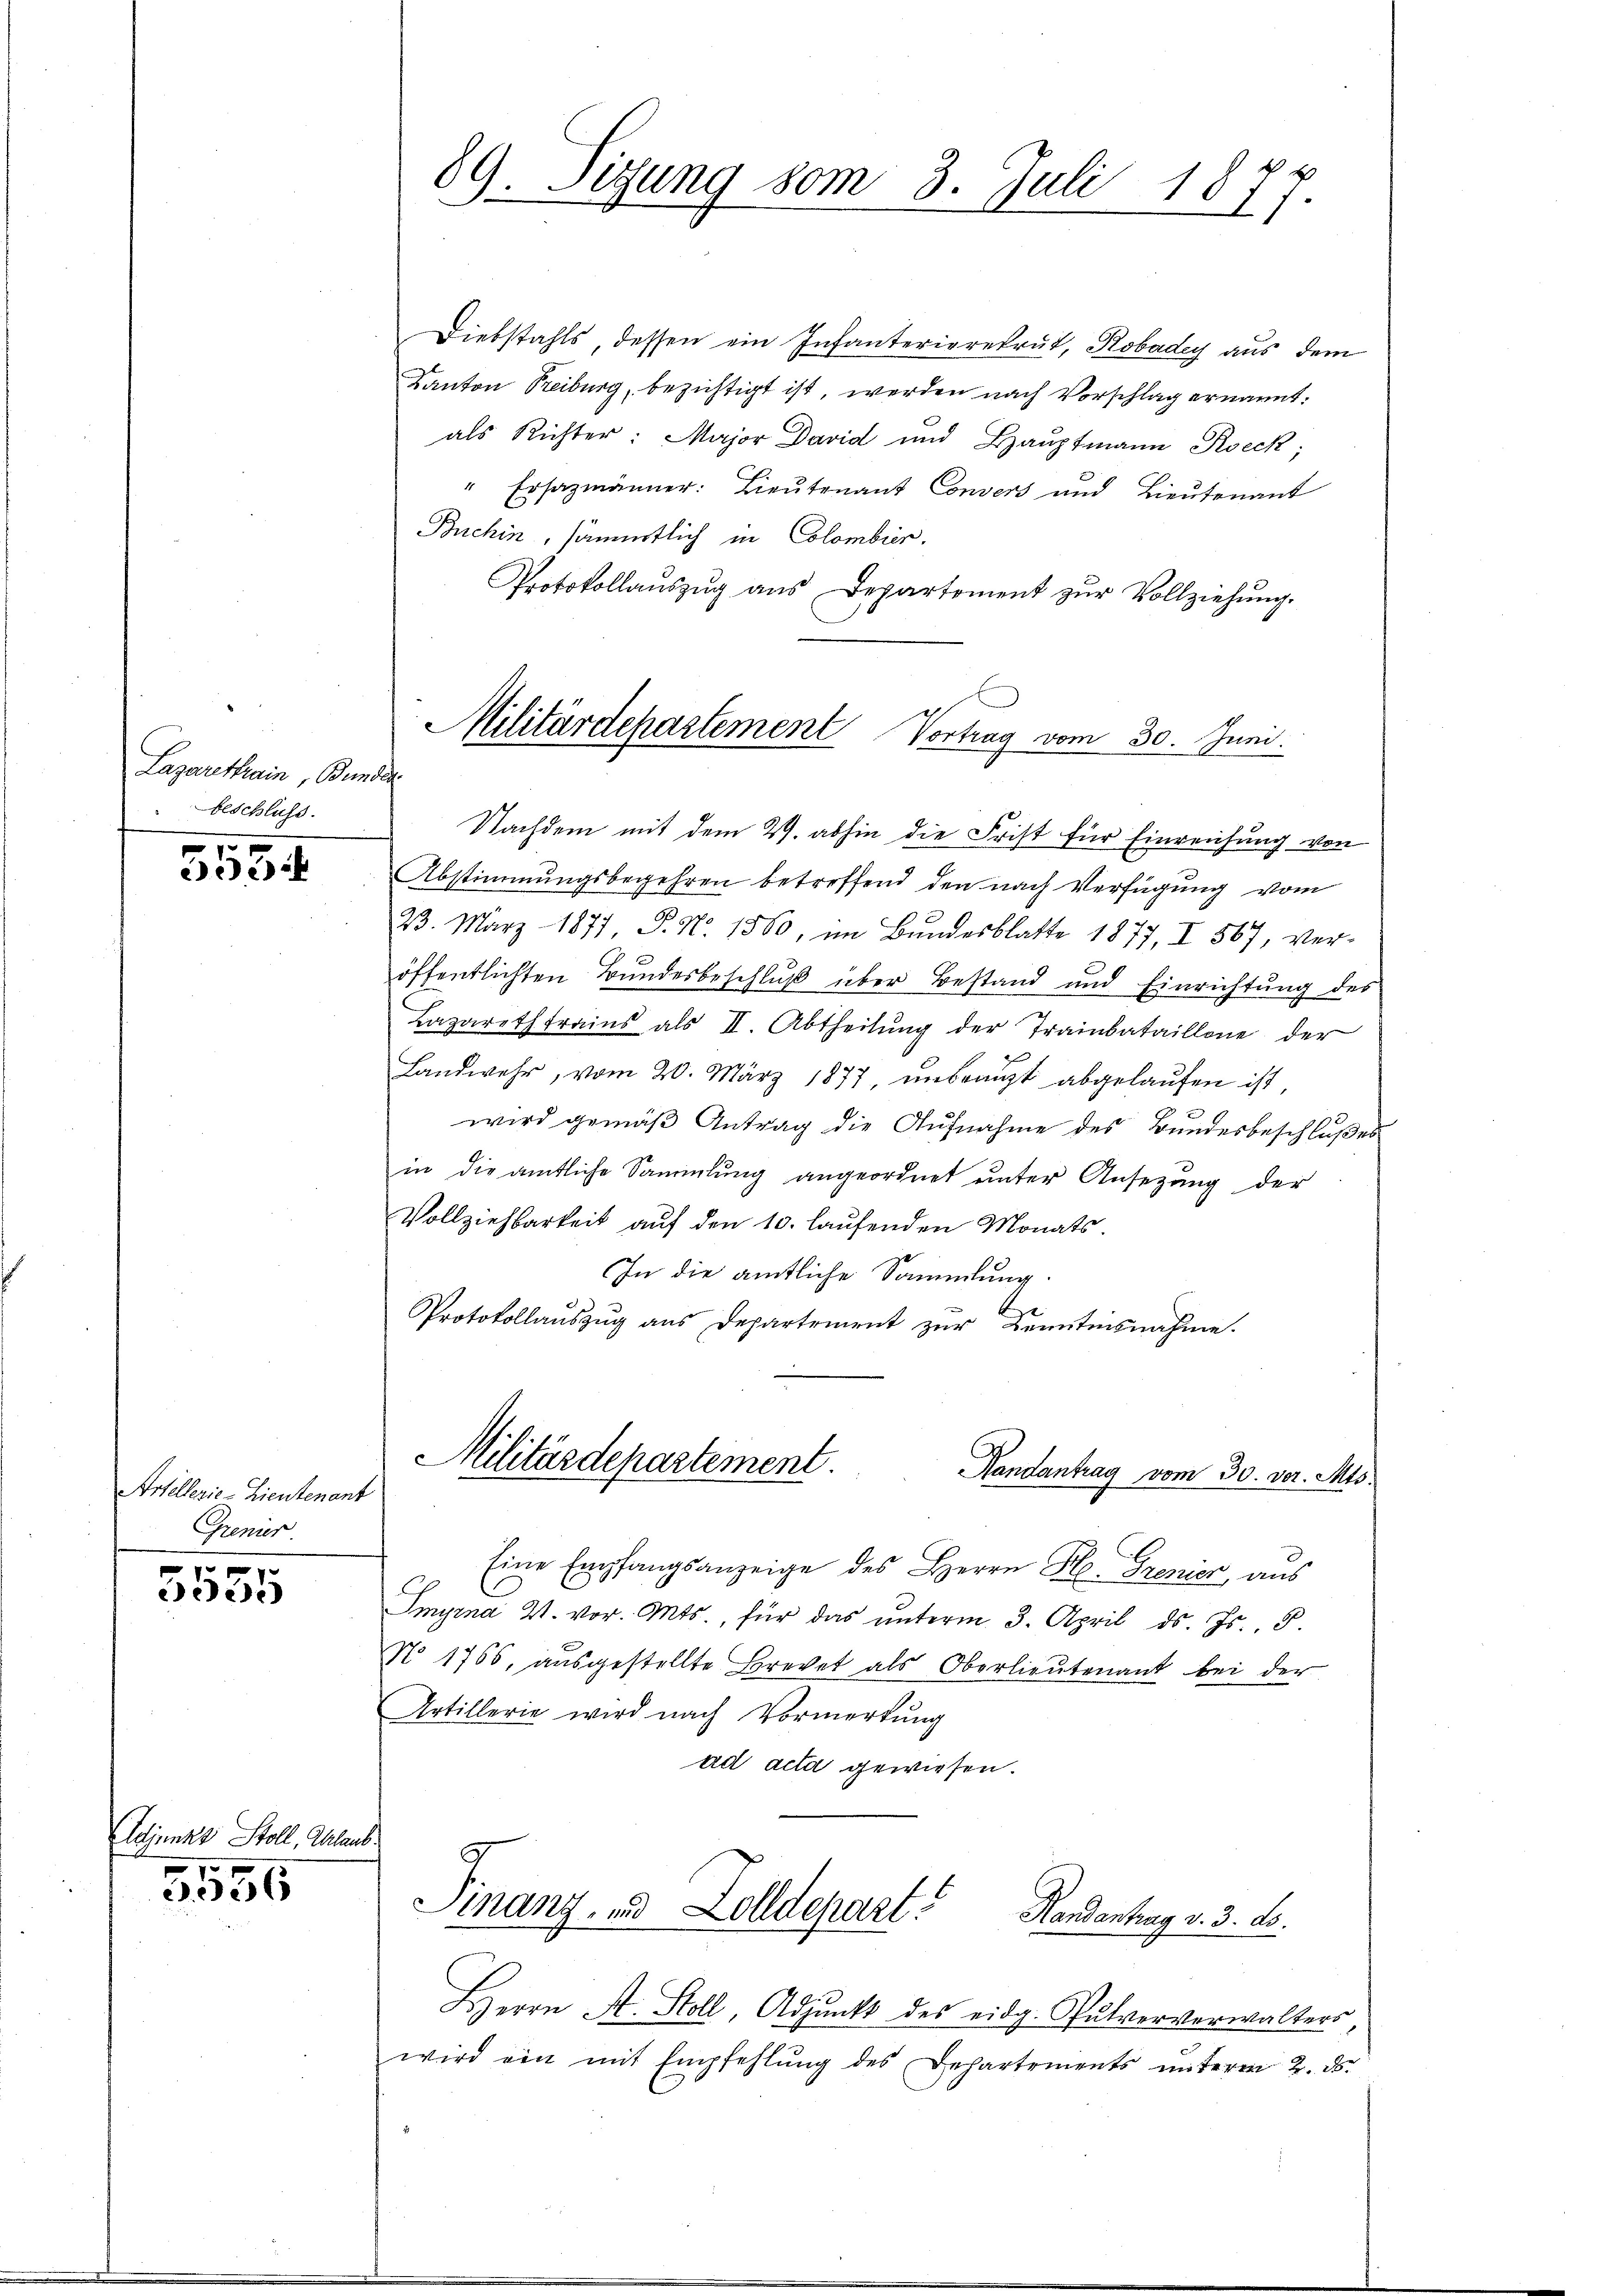
Lazarethain, Bunde
Beschluss.

553

Artillerie - Lieutenant
Gremer

5555

Adjunkt Stoll, Glaub

5556

89. Sizung vom 3. Juli 1877

Diebstahls, dessen ein Infanterierekrut, Kobadey aus dem
Kanton Freiburg, bezichtigt ist, werden nach Vorschlag ernannt:
als Richter: Major David und Haŭptmann Roeck;
" Ersazmänner: Lieutenant Consers und Lieutenant
Buchin, sämmtlich in Colombier.
Protokollaŭszŭg aŭs Departement zŭr Vollziehŭng.

Militärdepartement Vortrag vom 30. Juni.

Nachdem mit dem 29. abhin die Frist für Einreichung von
Abstimmungsbegehren betreffend den nach Verfügung vom
23. März 1877, P. Nr. 1560, im Bundesblatte 1877, II 567, ver-
öffentlichten Bundesbeschluß über Bestand und Einrichtung des
Lazareth trains als II. Abtheilŭng der Trainbataillone der
Landwehr, vom 20. März 1877 unbraugt abgelaufen ist,
2
wird gemäß Antrag die Aufnahme des Bundesbeschlußes
in die amtliche Sammlung angeordnet unter Ansezung der
Vollziehbarkeit auf den 10. laufenden Monats
In die amtliche Sammlung.
be
Protokollauszug aus Departement zur Benutisnahme.

Militärdepartement.
Handantrag vom 30. vor. Mts.

f
Finanz- und Zolldepart
Handantrag v. 3. ds.

Eine Empfangsanzeige des Herrn H. Grenier, aus
Smyrna V. vor. Mts., für das ŭnterm 3. April d. Js. 8.
No 1765, ausgestellte Brevet als Oberlieutenant bei der
Artillerie wird nach Vormerkung
ad acta gewiesen.

Herrn A. Stoll, Adjunkt des eidg. Pulververwalters,
wird ein mit Empfehlŭng des Behartements ŭnteren 2. ds.